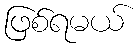
ဖြစ်ရမယ်